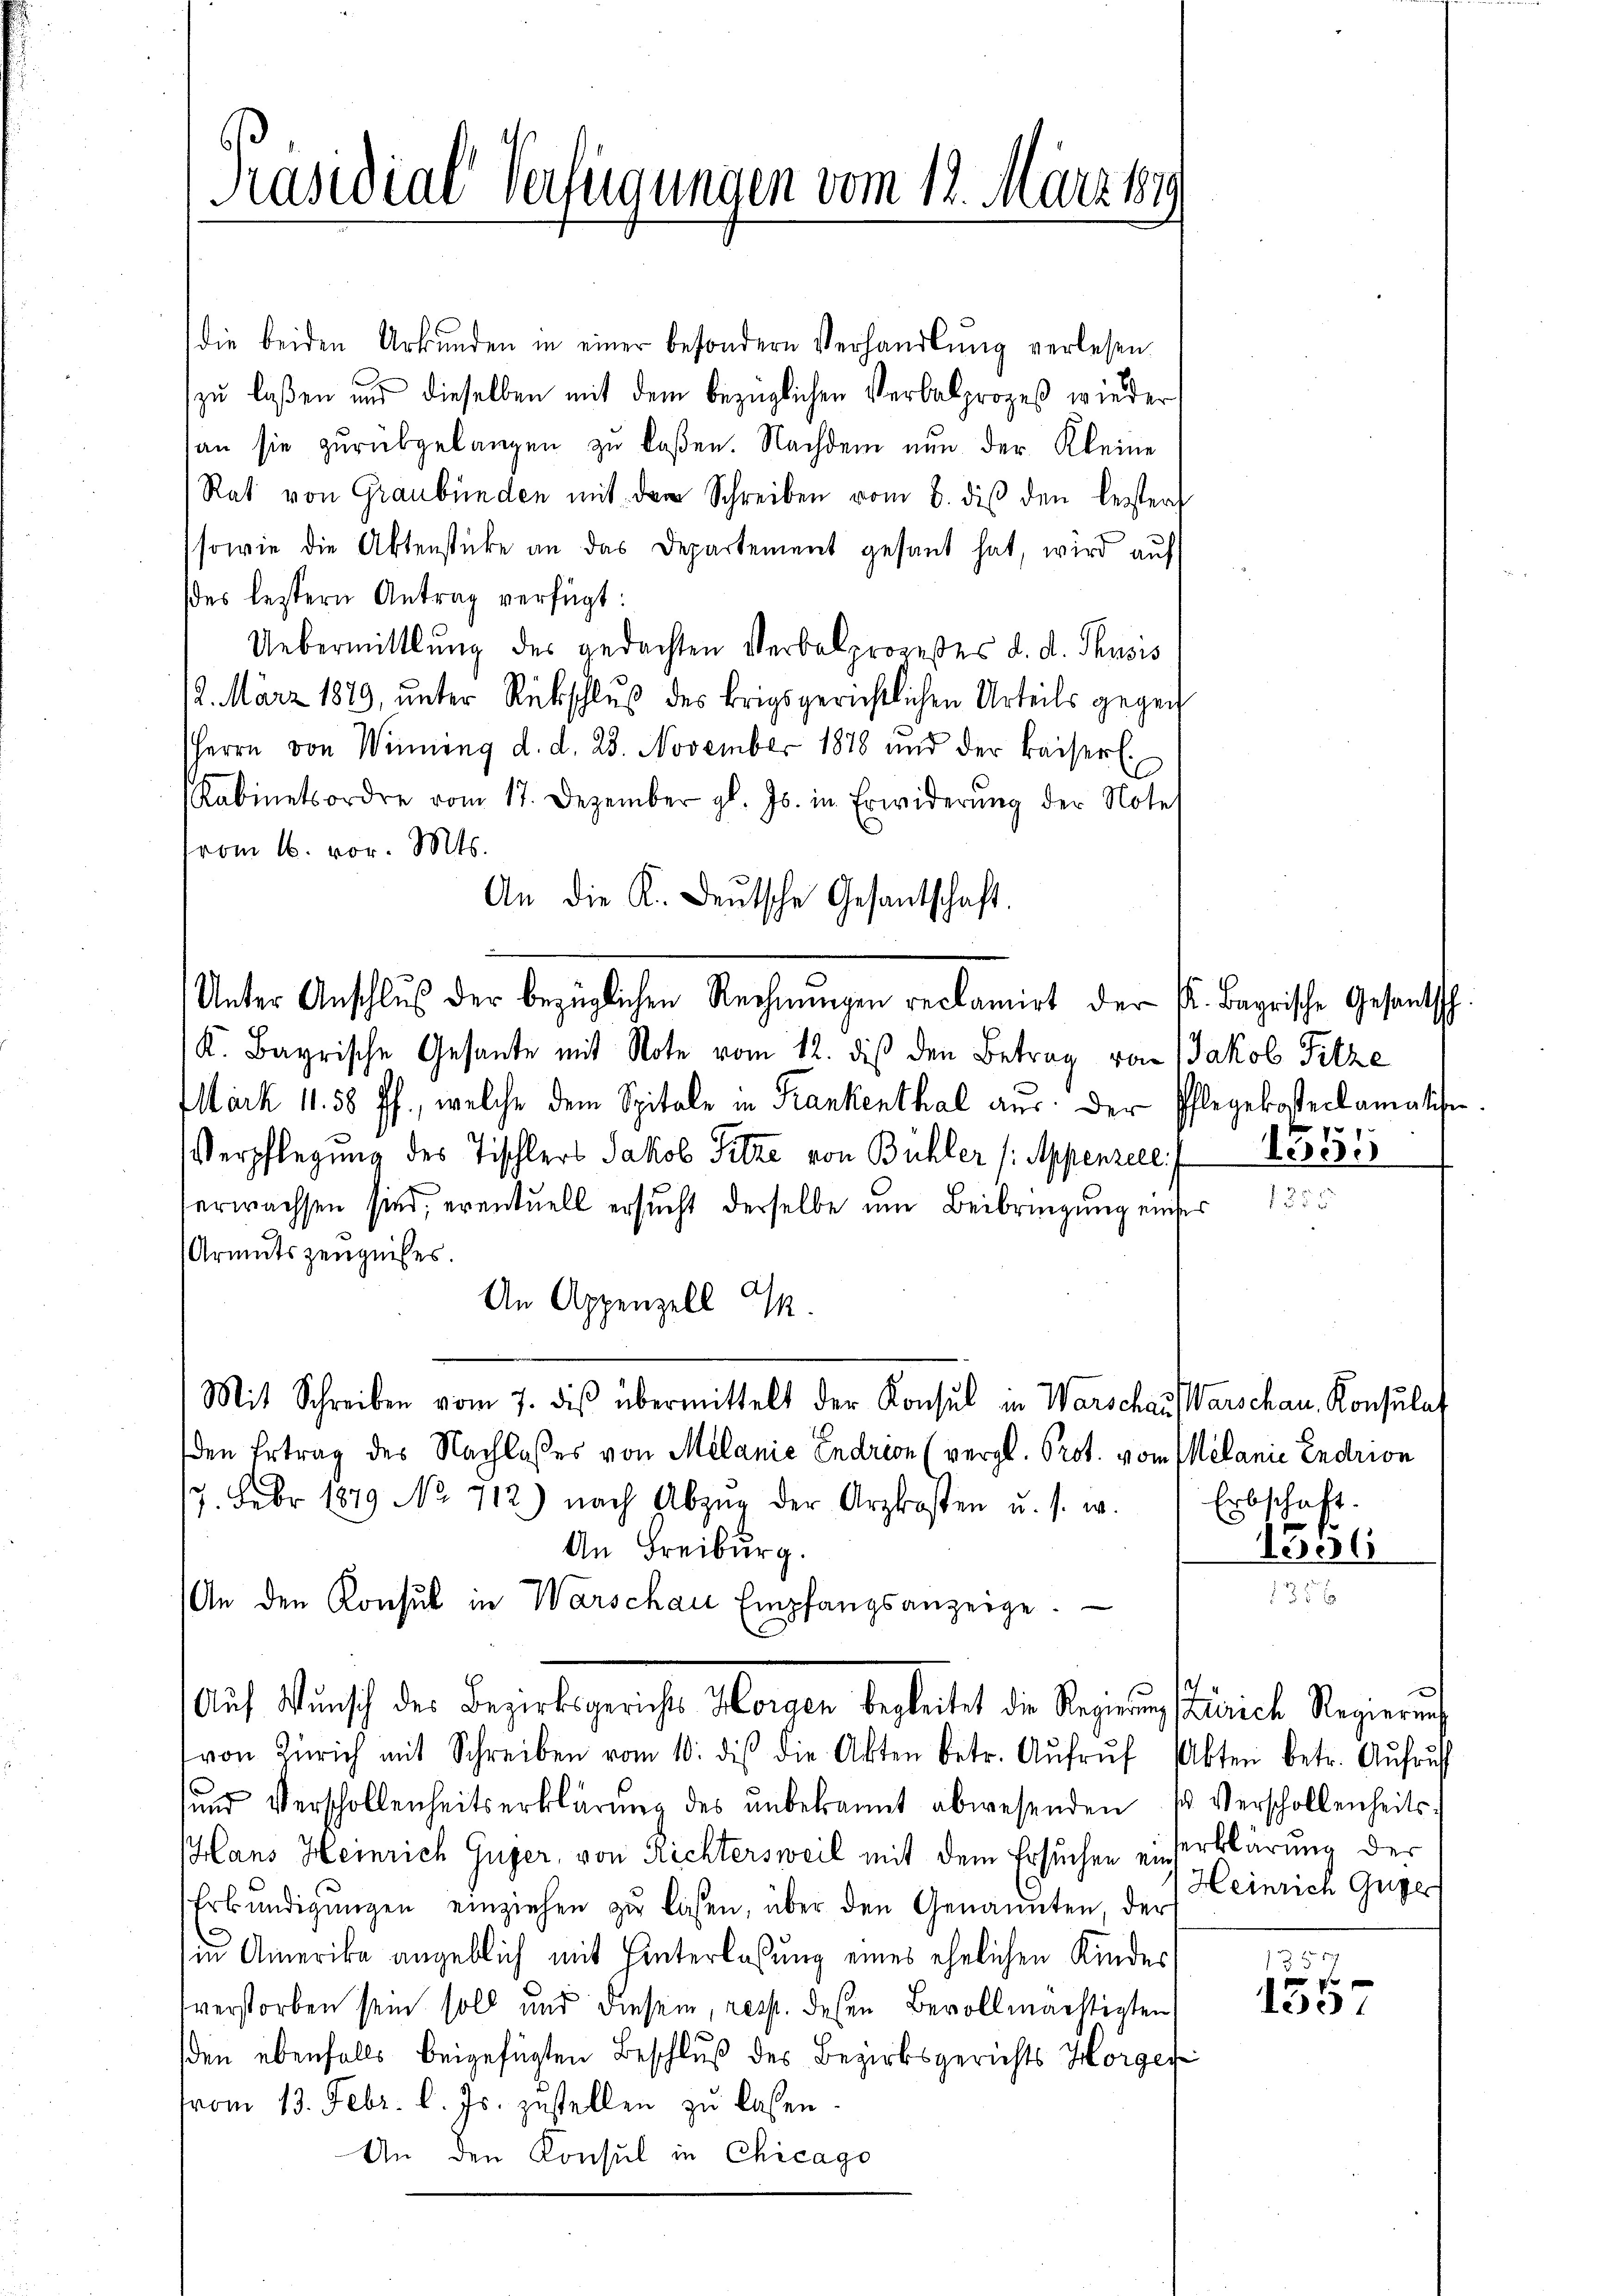
Präsidial-Verfügungen vom 12. März 1849

die beiden Urkunden in einer besondern Verhandlung verlesen.
zu laßen und dieselben mit dem bezüglichen Verbalprozeß wieder
an sie zurükgelangen zu laßen. Nachdem nun der Kleine
Rat von Graubünden mit dem Schreiben vom 8. diβ den lezter
sowie die Aktenstücke an das Departement gesant hat, wird aŭf
des leztern Antrag verfügt:
Uebermittlung des gedachten Verbalprozeßes d. d. Thusis
12. März 1879, unter Rückschluß des Brigsgerichtlichen Urteils gegen
Herrn von Winning d. d. 28. November 1878 und der kaiserl.
Kabinetsordre vom 17. Dezember gl. Js. in Erwiderŭng der Note
vom 16. vor. Mts.
K. Bayrische Gesante mit Note vom 12. diβ den Betrag von Jakob Fitze
ärk 11. 58 ff., welche dem Spitale in Krankenthal aus der Pflegekostenlamation.
Verpflegung des Tischlers Jakob Fitze von Bühler (Appenzell
erwachsen sind, eventuell ersucht derselbe um Beibringung einses
Armutszeugnisses.
An Appenzell I.
Mit Schreiben vom 7. diβ übermittelt der Konsul in Warschaus Warschau, Konsulat
den Ertrag des Nachlosses von Melanić Endrion (vergl. Prot. vom Melanie Endrion
17. Febr 1879 No 712) nach Abzŭg der Arztkosten u. s. w. Erbschaft.
An Freiburg.
An den Konsul in Warschau Empfangsanzeige.
Auf Wunsch des Bezirksgerichte Horgen begleitet die Regierung solidich Regierung
von Zürich mit Schreiben vom 10. des die Akten betr. Aŭfrŭf Akten betr. Aŭfruf
ŭnd Verschollenheitserklärŭng des ŭnbekannt abwesenden 1 Verschollenheits-
Hans Heinrich Guger, von Richtersweil mit dem Ersuchen einserklärung der
Erbŭndigŭngen einziehen zŭ lassen, über den Genannten, der
in Amerika angeblich mit Hinterlassung eines ehelichen Kinder
verstorben sein soll und diesem, resst. diesen Bevollmächtigten,
sden ebenfalls beigefügten Beschluß des Bezirksgerichts Horges
vom 13. Febr. l. Js. zustellen zu lassen.
An den Konsul in Chicago

An die K. Deutsche Gesantschaft.
Unter Anschlŭβ der bezüglichen Rechnŭngen reclamirt der K. Bayrische Gesantsch

1551

1356

55
1 f 0 xx
13

Heinrich Guger